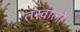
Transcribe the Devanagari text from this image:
तरवालों